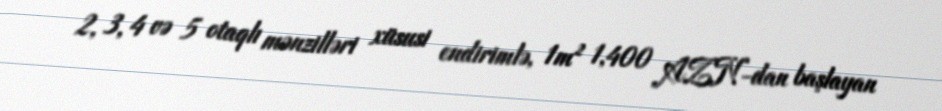
2, 3, 4 və 5 otaqlı mənzilləri xüsusi endirimlə, 1m² 1,400 AZN-dan başlayan